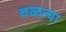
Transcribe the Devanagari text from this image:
वळत्या